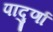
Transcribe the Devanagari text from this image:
पादुर्णा